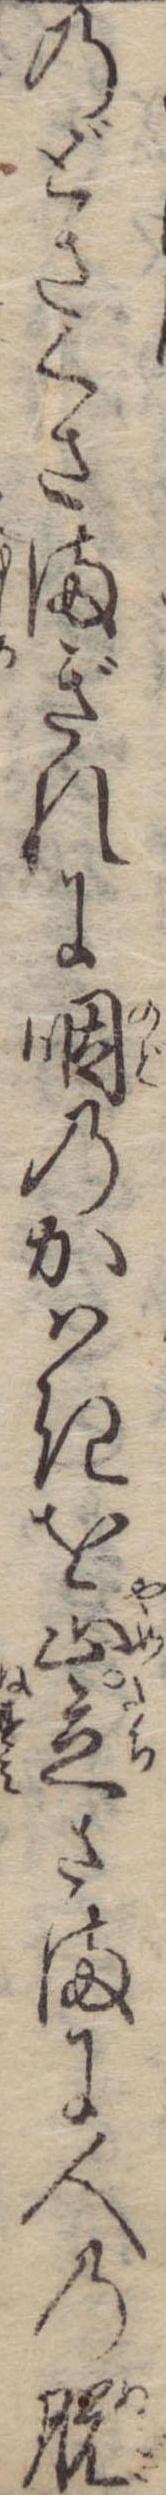
のどさくさまぎれに咽のかはきを止立さまに人の脱